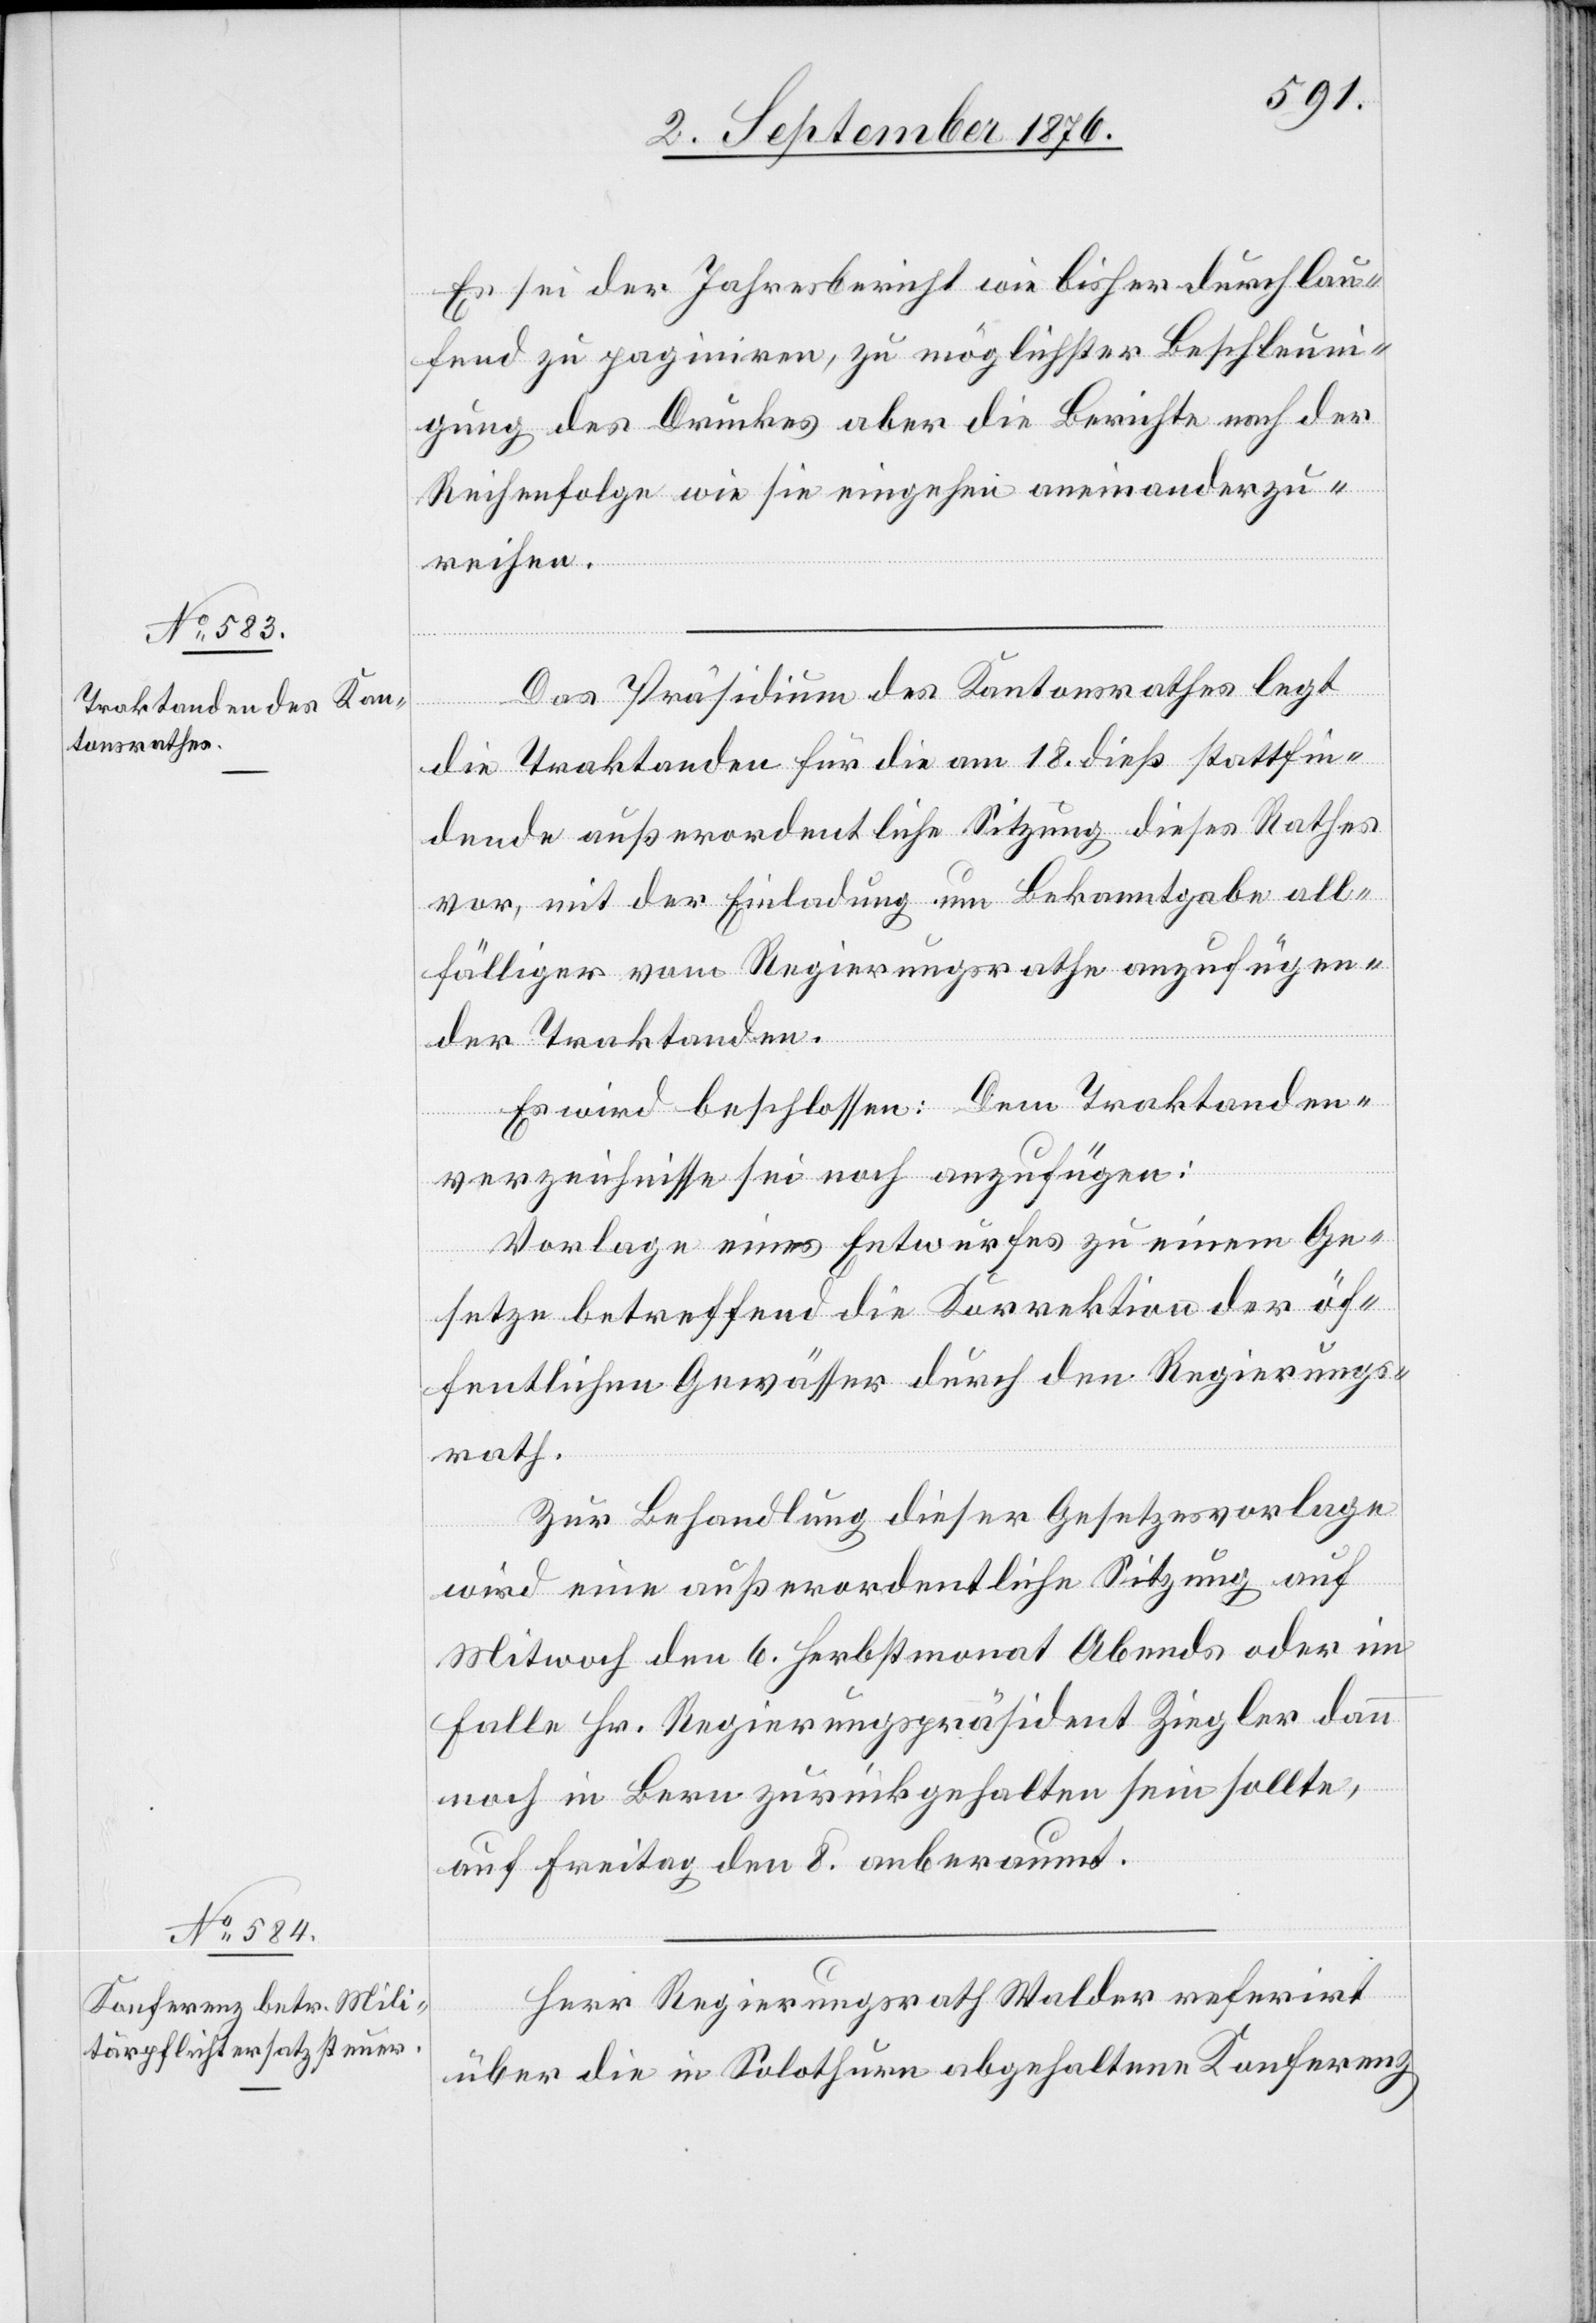
Es sei der Jahresbericht wie bisher durchlau¬
fend zu paginiren, zu möglichster Beschleun¬
igung des Druckes aber die Berichte nach der
Reihenfolge wie sie eingehen aneinanderzu¬
reihen.
Das Präsidium des Kantonsrathes legt
die Traktanden für die am 18. dieß stattfin¬
dende außerordentliche Sitzung dieses Rathes
vor, mit der Einladung um Bekanntgabe all¬
fälliger vom Regierungsrathe anzufügen¬
der Traktanden.
Es wird beschlossen: Dem Traktanden¬
verzeichnisse sei noch anzufügen:
Vorlage eines Entwurfes zu einem Ge¬
setze betreffend die Korrektion der öf¬
fentlichen Gewässer durch den Regierungs¬
rath.
Zur Behandlung dieser Gesetzesvorlage
wird eine außerordentliche Sitzung auf
Mitwoch den 6. Herbstmonat Abends oder im
Falle Hr. Regierungspräsident Ziegler dann
noch in Bern zurückgehalten sein sollte,
auf Freitag den 8. anberaumt.
Herr Regierungsrath Walder referirt
über die in Solothurn abgehaltene Konferenz